Vana-Antsla_vallavalitsus, lk 173
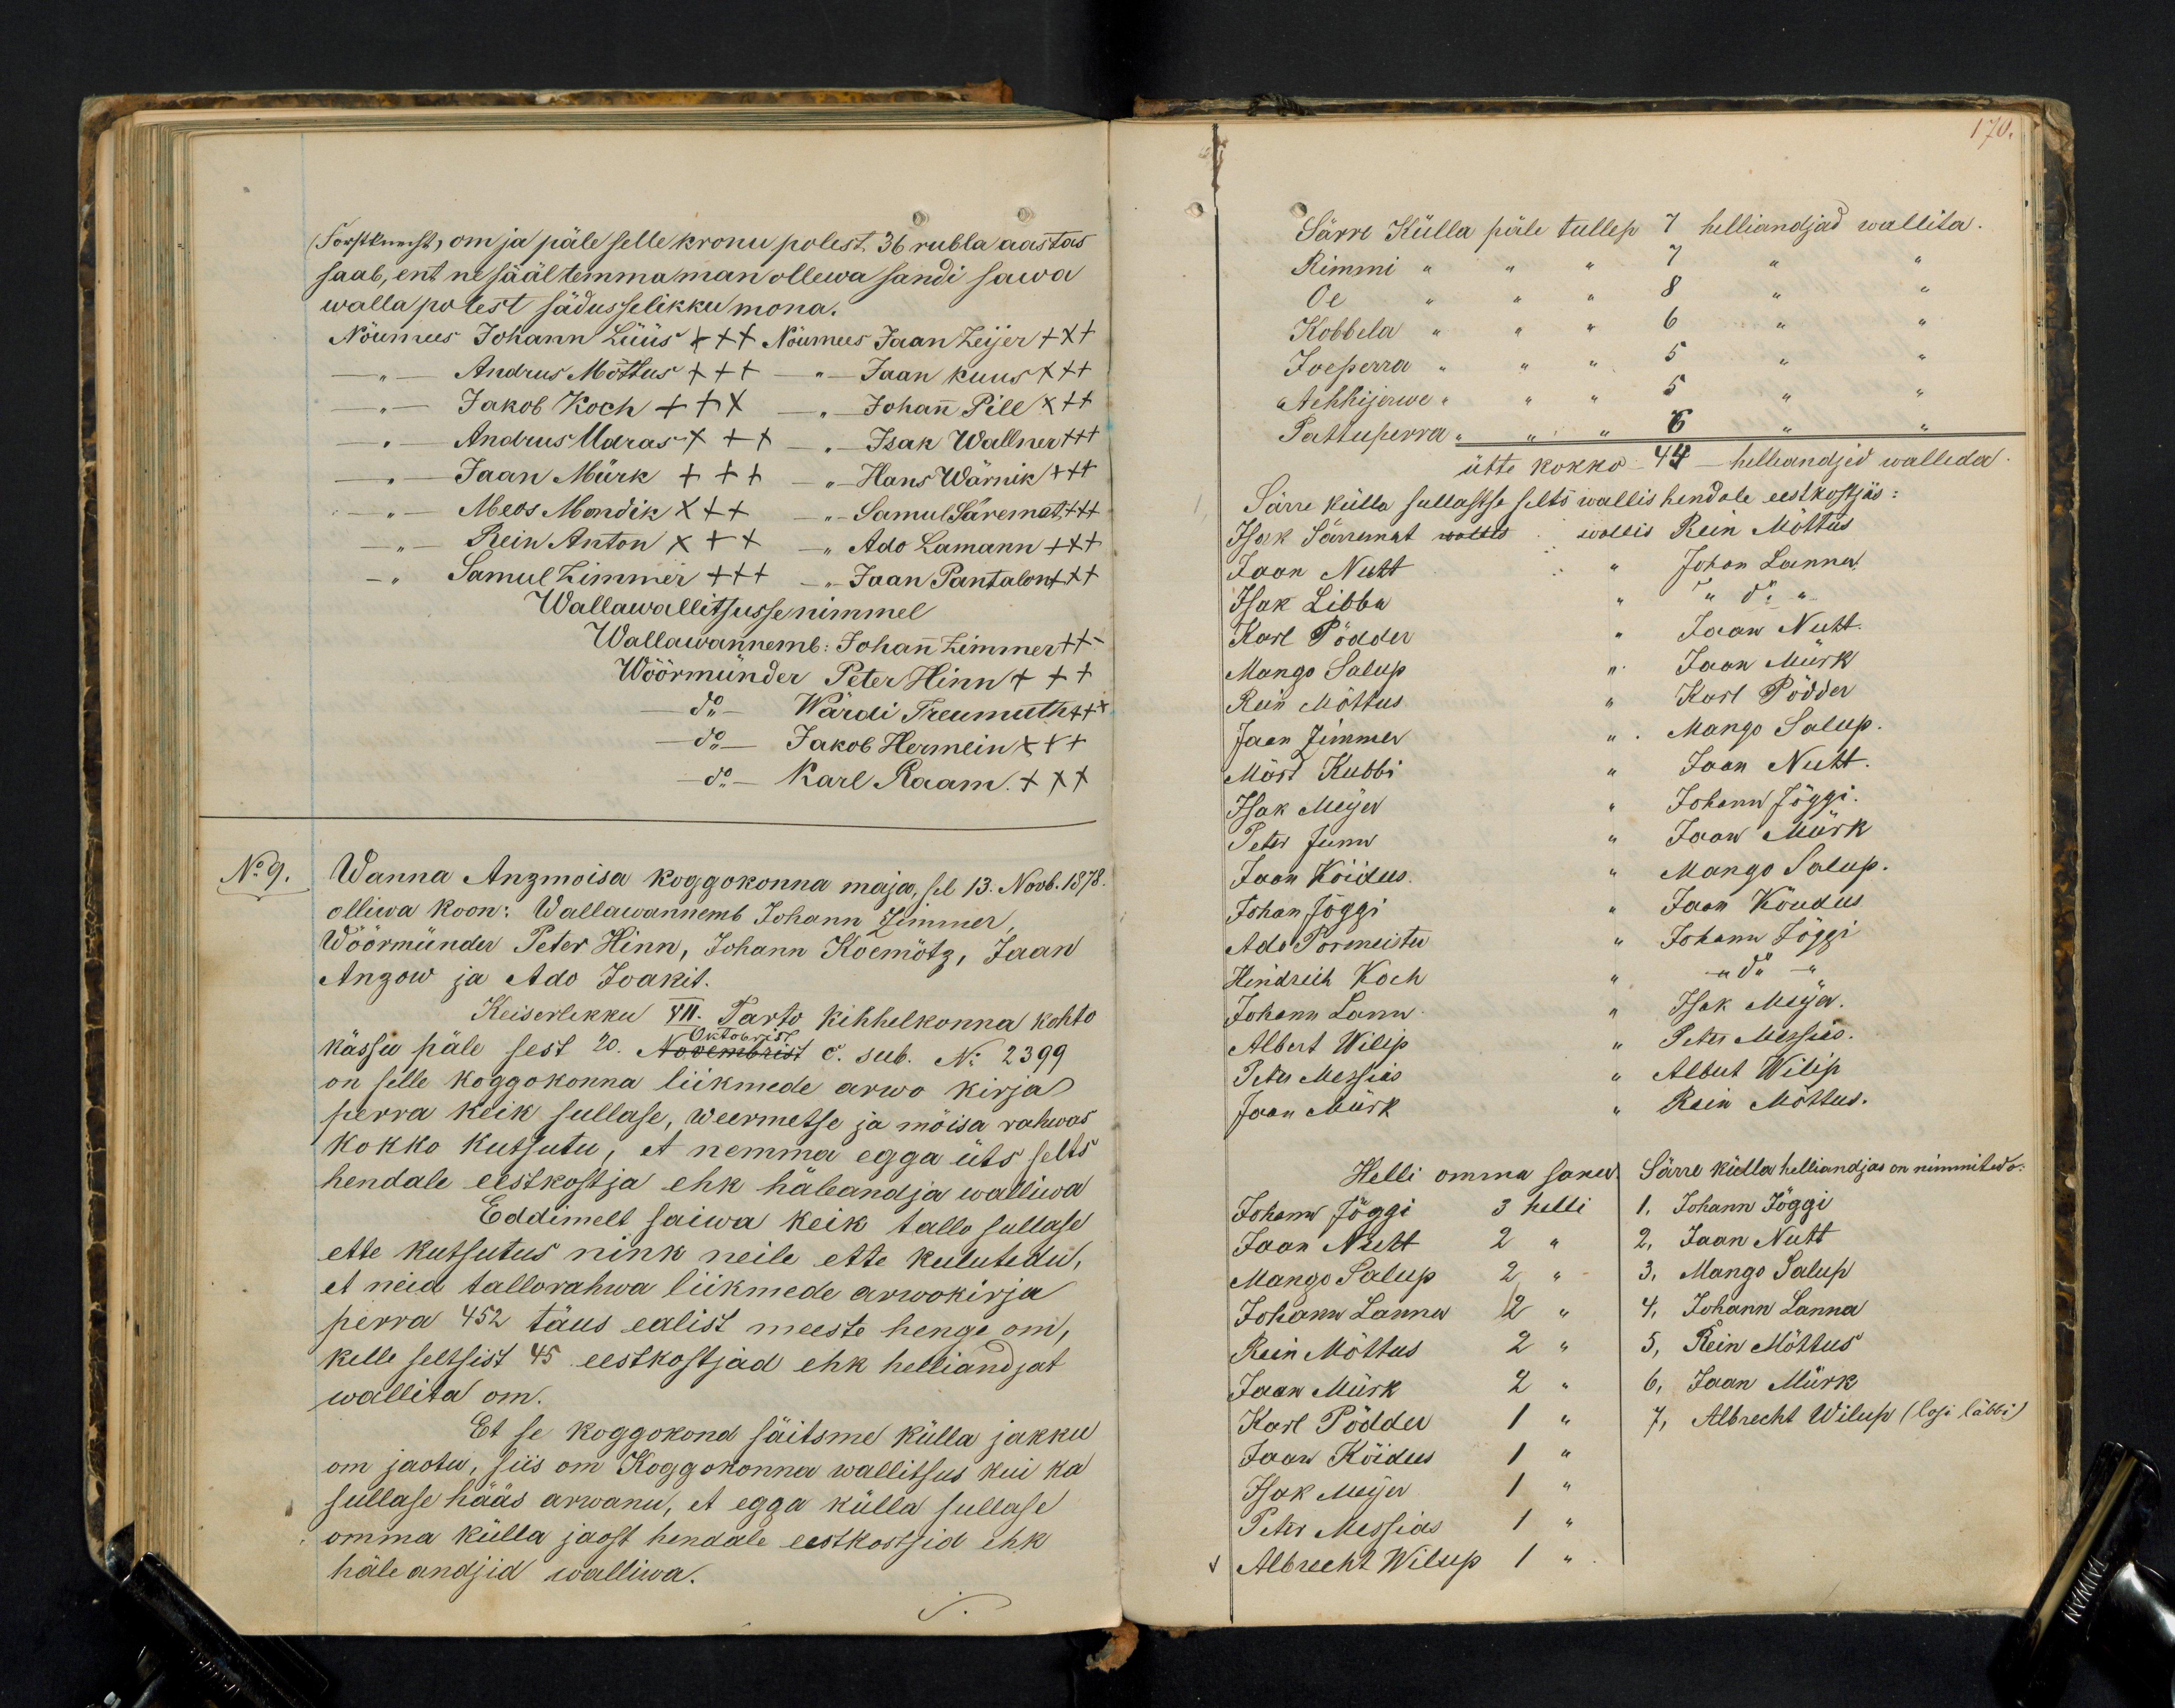
Forstknecht, om ja päle selle kronu polest 36 rubla aastas
saab, ent ne sääl temma man ollewa sandi sawa
walla polest sädusselikku mona.
Nöumees Johann Lüüs xxx Nöumees Jaan Zeijer +++
Andrus Möttus XXX
Jaan Kuus XXX
Jakob Koch XXX
Johan Pill XXX
Andrus Udras XXX
Isak Wallner +++
Jaan Mürk XXX
Hans Wärnik +++
Meos Mondik XXX
Samul Säremat +++
Rein Anton XXX
Ado Lamann +++
- "Samul Zimmer +++
Jaan Pantalont +++
Wallawallitsusse nimmel
Wallawannemb: Johan Zimmer xxx
Wöörmünder Peter Hinn +++
do - Wärdi Treumuth XXX
do Jakob Hermlin XXX
do - Karl Raam XXX
No 9.
Wanna Anzmoisa koggokonna maja, sel 13. Novb. 1878.
olliwa koon: Wallawannemb Johann Zimmer,
Wöörmünder Peter Hinn, Johann Koemötz, Jaan
Anzow ja Ado Joakit.
Keiserlikku VII. Tarto Kihhelkonna kohto
kässu päle sest 20. Novembrist c. sub. No 2399
Oktobrist
on selle koggokonna liikmede arwo kirja
perra keik sullase, weermeste ja möisa rahwas
kokko kutsutu, et nemma egga üts selts
hendale eestkostja ehk häleandja walliwa
Eddimelt saiwa keik tallo sullase
ette kutsutus nink neile ette kulutedu,
et neid tallorahwa liikmede arwokirja
perra 452 täus ealist meeste henge om,
kelle seltsist 45 eestkostjad ehk helliandjat
wallita om.
Et se koggokond säitsme külla jakku
om jaotu, siis om Koggokonna wallitsus kui ka
sullase hääs arwanu, et egga külla sullase
omma külla jaost hendale eestkostsid ehk
häleandjid walliwa.

170.
Särre Külla päle tullep 7 helliandjad wallita.
Rimmi " " " 7 " "
Oe " " " 8 " "
Kobbela " " 6 " "
Joepera " " " 5 " "
Aehhijerwe " " " 5
Pattuperra " " " 6
ütte kokko: 44 helleandjad walleda.
Särre külla sullastse selts wallis hendale eestkostjas:
Isak Särremat wallis wallis Rein Möttus
Jaan Nutt " Johon Lannu
Isak Libba " " do "
Karl Pödder Jaan Nutt.
Mango Salup
" Jaan Mürk
Rein Möttus
„Karl Pödder
Jaan Zimmer
„Mango Salup.
Märt Kubbi " " Jaan Nutt.
Isak Meyer
"Johann Jõggi
Peter Junn
" Jaan Mürk
Jaan Koidus.
" Mango Salup.
Johan Joggi
"Jaan Kõudus
Ado Pormeister
" Johann Jöggi
Hendrich Koch " do "
Johann Lann " Isak Meyer.
Albert Wilip Peter Messias
Peter Messias Albert Wilip
Jaan Mürk
Rein Möttus.
Helli omma sanu
Särre külla helliandjas on nimmitedo.
Johann Jöggi 3 helli
1, Johann Jöggi
Jaan Nutt 2 "
2, Jaan Nutt
Mango Salup 2 "
3. Mango Salup
Johann Lanna 2 "
4. Johann Lanna
Rein Möttus 2 "
5, Rein Möttus
Jaan Mürk 2 "
6, Jaan Mürk
Karl Pödder 1 "
7, Albrecht Wilup (losi läbbi)
Jaan Köidus 1 "
Isak Meyer 1
Peter Messias 1 "
1 Albrecht Wilup 1 "